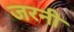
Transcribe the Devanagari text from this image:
जरनी